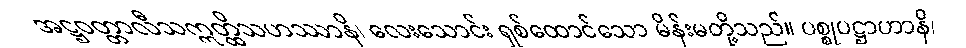
အဋ္ဌဝတ္တာလီသဣတ္ထိသဟဿာနိ၊ လေးသောင်း ရှစ်ထောင်သော မိန်းမတို့သည်။ ပစ္စုပဋ္ဌာဟာနိ၊